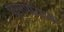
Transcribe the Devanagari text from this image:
प्राणायाम्